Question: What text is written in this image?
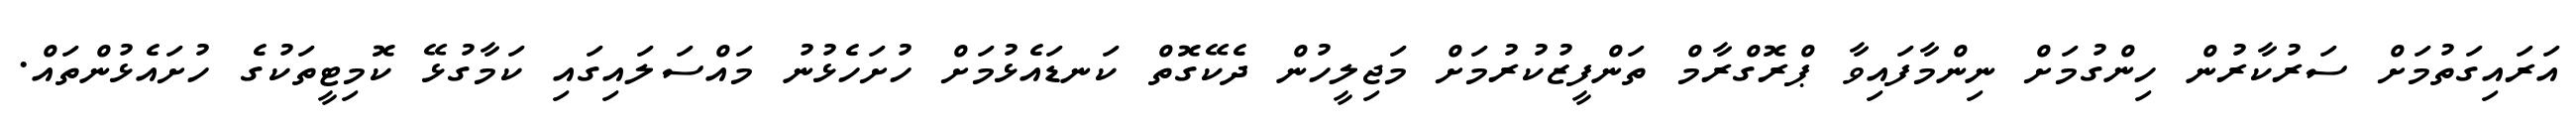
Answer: އަރައިގަތުމަށް ސަރުކާރުން ހިންގުމަށް ނިންމާފައިވާ ޕްރޮގްރާމް ތަންފީޒުކުރުމަށް މަޖިލީހުން ދެކޭގޮތް ކަނޑައެޅުމަށް ހުށަހެޅުނު މައްސަލައިގައި ކަމާގުޅޭ ކޮމިޓީތަކުގެ ހުށައެޅުންތައް.